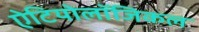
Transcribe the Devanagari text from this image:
ऐटियोलॉजिकल